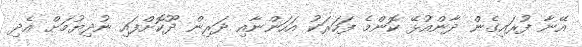
އޭނާ ފުރައިގެން ދާންއުޅޭ ކޮންމެ ފަހަރަކު އަހަންނާއި ދަރިން ދޫކޮށްފައި ނުދިޔުމަށް އެދި